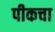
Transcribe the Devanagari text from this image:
पीकचा